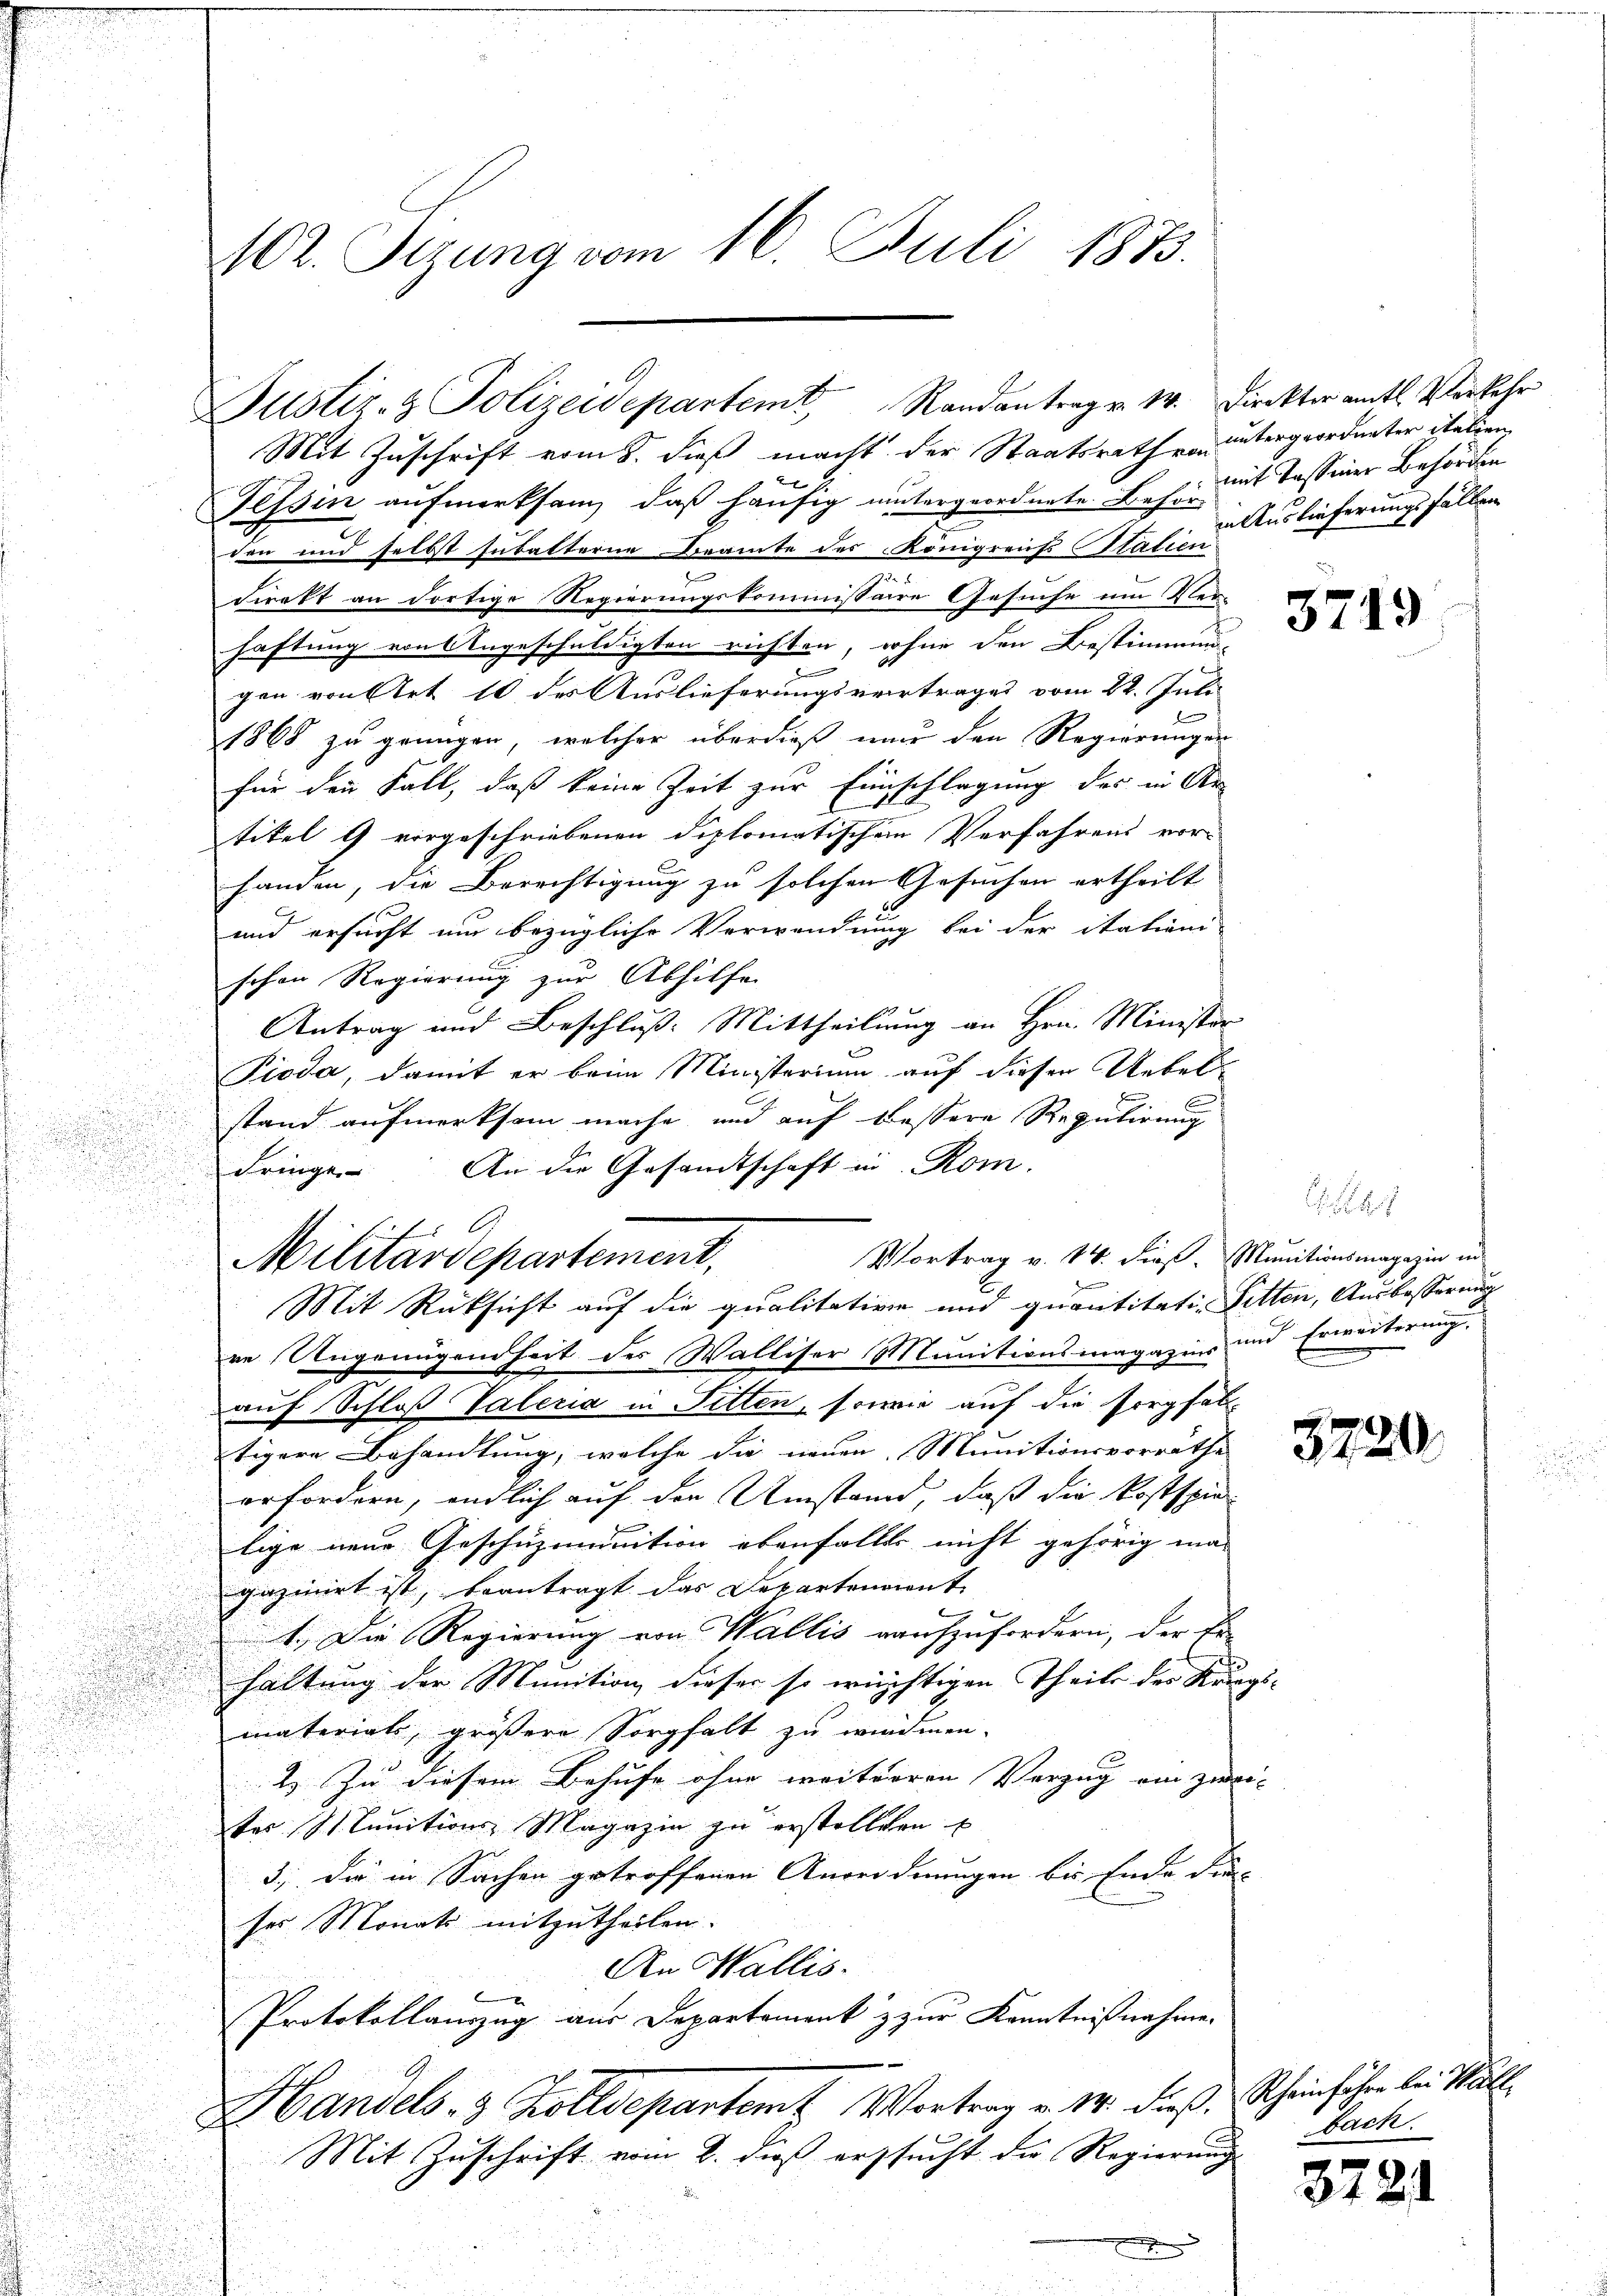
102. Sizung vom 16. Juli 1873.

Justiz- & Polizeidepartem Randantrag v. M. Direktor amtl. Verkehr

Mit Zuschrift vom 8. dieß macht der Staatsrath von untergeordneter italien
Tessin aufmerksam, daß häufig untergeordnete Behr mit Tassiner Behörden
den und selbst subalterne Beamte des Königreiss Statien
direkt an dortige Regierungskommissaire Gesuche um Ver-
haftung von Angeschuldigten richten, wohne den Bestimmung
gen von Art 10 des Auslieferungsvertrages vom 22. Juli
g
1868 zu grungen, welcher überdieß nur den Regierungen
für den Fall, daß keine Zeit zur Einschlagung des in Ar
tikel 9 vorgeschriebenen diplomatischem Verfahrens vor-
handen, die Berechtigung zu solchen Gesuchen ertheilt
und ersucht um bezügliche Verwendung bei der itationi
schen Regierung zur Abhilfe
Antrag und Beschluß: Mittheilung an Hrn. Minister
u

2
Pioda, damit er beim Ministerium auf diesen Uebelstand aufmerksam mache, und auf bessere Regulirung
An die Gesandtschaft in Rom.
Fringe

16.
i
Niliardepartement,
r
re Ungenügendheit des Walliser Munitionsmagazins und Erweiterung.
auf Schloß Vateria in Sitten, sowie auf die sorgfal
tigere Behandlung, welche die neuen Munitionsvorräthe
erfordern, endlich auf der Umstand, daß die Kostspie
¬
lige neue Geschüzmunition ebenfalls nicht gehörig ma-
gazinirt ist, beantragt das Departenaient
1.) Die Regierung von Wallis aufzufordern, der Er-
haltung der Munition dieser so wüchtigen Theils der Kriegs-
materials, größere Sorgfalt zu wirdmen.
n

2. Zu diesem Behufe ohne weiterren Vorzug ein zwei-
ter Munitions Magazin zu erstelleten
d
3.) Die in Sachen getroffenen Anordnungen bis Ende die-
ses Monats mitzutheilen.
An Wallis.
Protokollauszug aus Departement z zur Kenntnißnahme.
Handels- 3 Zolldepartemt Vortrag v. M. dieß, Rheinführe bei Wall
Mit Zuschrift vom 2. dieß ersucht die Regierung
x

Vortrag v. 14. dies. Munitionsmagazin in
Mit Rücksicht auf die qualitative und quantitati-Pitten, Ausbesserung

in Auslieferungsfallen

5749

3720

bach.

372.